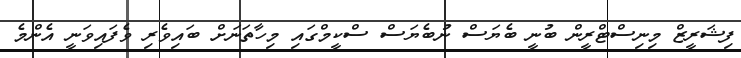
ފިޝަރީޒް މިނިސްޓްރީން ބުނީ ބެޔަސް ނުބެޔަސް ސްކީމްގައި މިހާތަނަށް ބައިވެރި ވެފައިވަނީ އެންމެ